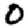
Digit: 0